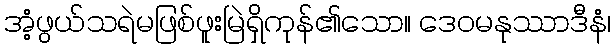
အံ့ဖွယ်သရဲမဖြစ်ဖူးမြဲရှိကုန်၏သော။ ဒေဝမနုဿာဒီနံ၊